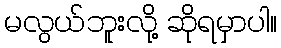
မလွယ်ဘူးလို့ ဆိုရမှာပါ။